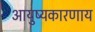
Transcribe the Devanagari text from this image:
आयुष्यकारणाय